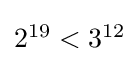
{\textstyle 2^{19}<3^{12}}